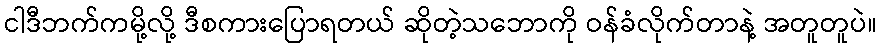
ငါဒီဘက်ကမို့လို့ ဒီစကားပြောရတယ် ဆိုတဲ့သဘောကို ဝန်ခံလိုက်တာနဲ့ အတူတူပဲ။